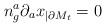
\begin{align*}n^a_g \partial_a x_{|\partial M_t} = 0\end{align*}